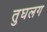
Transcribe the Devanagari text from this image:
तुघलग